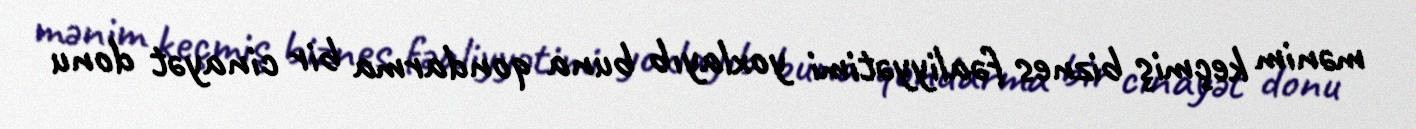
mənim keçmiş biznes fəaliyyətimi yoxlayıb buna qondarma bir cinayət donu